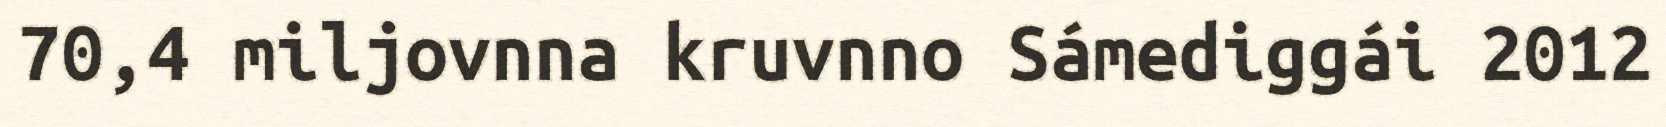
70,4 miljovnna kruvnno Sámediggái 2012